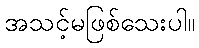
အသင့်မဖြစ်သေးပါ။